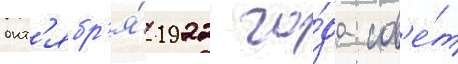
окт'ябр'я́ 1922 го́да сов'е́т